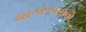
જાગરૂકતાની